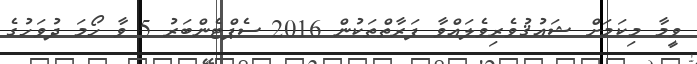
ވީމާ މިކަމަށް ޝައުޤުވެރިވެލައްވާ ފަރާތްތަކުން 2016 ސެޕްޓެންބަރު 5 ވާ ހޯމަ ދުވަހުގެ